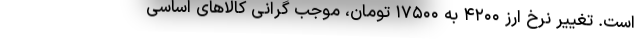
است. تغییر نرخ ارز ۴۲۰۰ به ۱۷۵۰۰ تومان، موجب گرانی کالا‌های اساسی